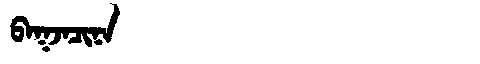
Manchu: ᠪᠠᡴᠵᠠᠴᡳᠨᠠ
Romanization: BAKJACINA